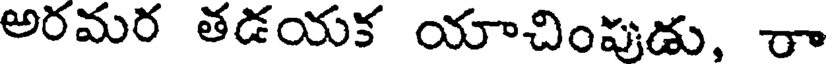
అరమర తడయక యాచింపుడు, రా